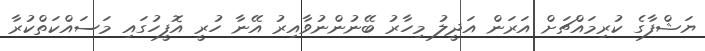
ޔަޝްފާގެ ކުރިމައްޗަށް އަރަން އަދީލު މިހާރު ބޭނުންނުވާއިރު އޭނާ ހުރީ އޮފީހުގައި މަސައްކަތްކުރާ